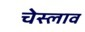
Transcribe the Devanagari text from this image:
चेस्लाव